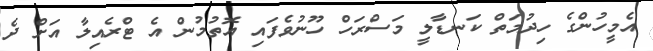
އެމީހުންގެ ހިދުމަތް ކަނޑާލީ މަސްރަހް ހޫނުވެފައި އޮތުމުން އެ ޓްރެއިލާ އަށް ދެ